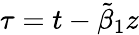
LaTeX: \tau=t-\tilde{\beta}_{1}z